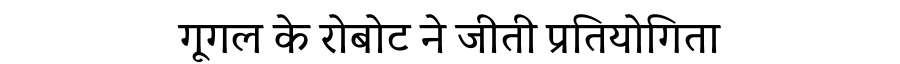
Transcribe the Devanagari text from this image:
गूगल के रोबोट ने जीती प्रतियोगिता